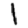
Digit: 1